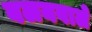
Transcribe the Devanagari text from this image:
वलयवाले